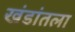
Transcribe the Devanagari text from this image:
खंडांतला